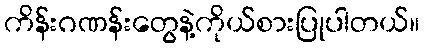
ကိန်းဂဏန်းတွေနဲ့ကိုယ်စားပြုပါတယ်။